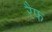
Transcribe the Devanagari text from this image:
रैफ